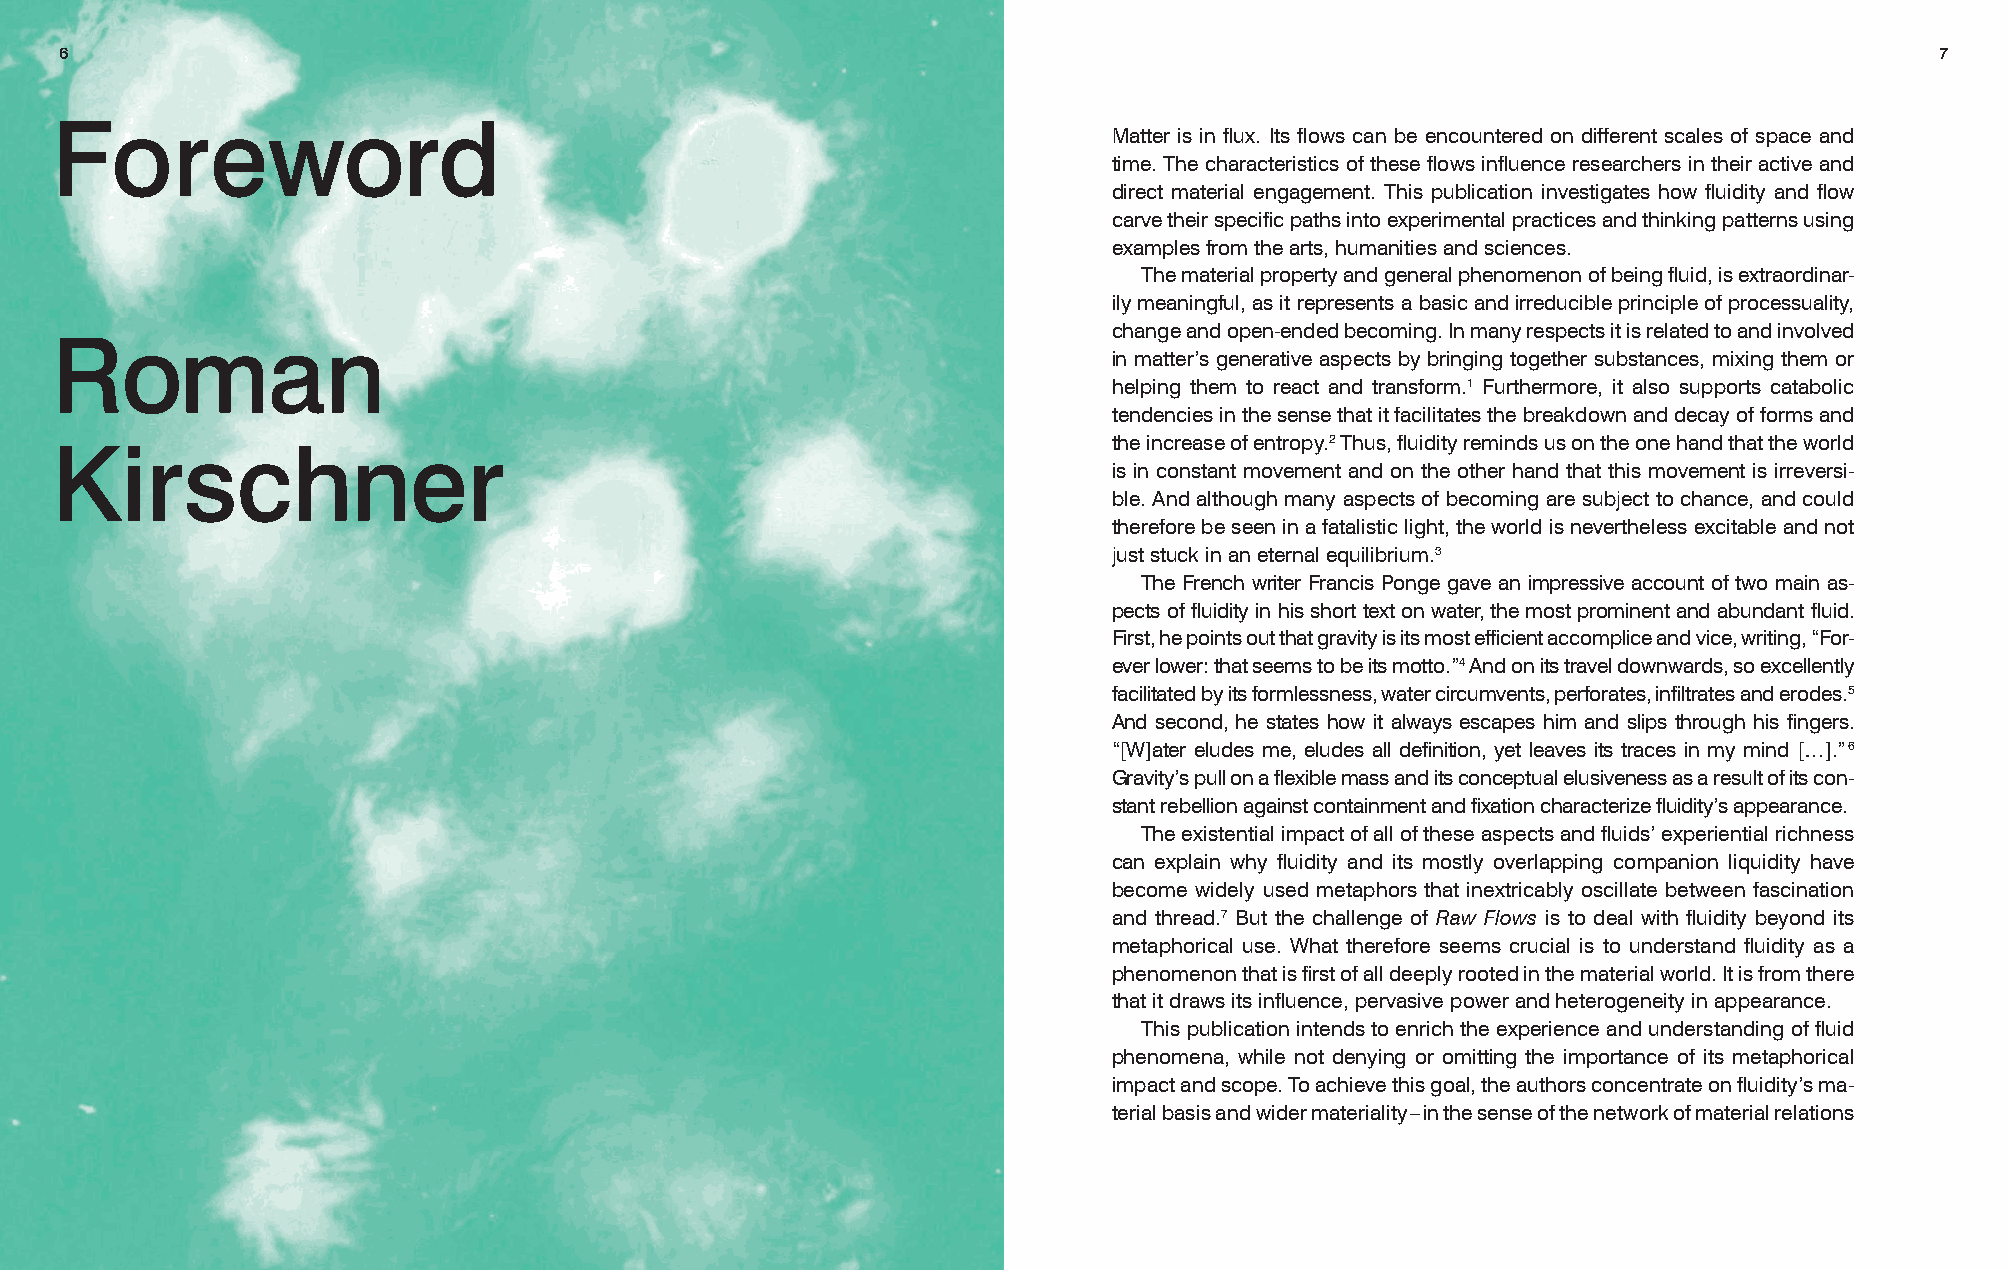
6                                                                                                                           7
 Foreword
 Matter is in flux. Its flows can be encountered on different scales of space and
 time. The characteristics of these flows influence researchers in their active and
 direct material engagement. This publication investigates how fluidity and flow
 carve their specific paths into experimental practices and thinking patterns using
 examples from the arts, humanities and sciences.
 The material property and general phenomenon of being fluid, is extraordinar-
 ily meaningful, as it represents a basic and irreducible principle of processuality,
 change and open-ended becoming. In many respects it is related to and involved
 Roman
 in matter’s generative aspects by bringing together substances, mixing them or
 helping them to react and transform.1 Furthermore, it also supports catabolic
 tendencies in the sense that it facilitates the breakdown and decay of forms and
 the increase of entropy.2 Thus, fluidity reminds us on the one hand that the world
 Kirschner
 is in constant movement and on the other hand that this movement is irreversi-
 ble. And although many aspects of becoming are subject to chance, and could
 therefore be seen in a fatalistic light, the world is nevertheless excitable and not
 just stuck in an eternal equilibrium.3
 The French writer Francis Ponge gave an impressive account of two main as-
 pects of fluidity in his short text on water, the most prominent and abundant fluid.
 First, he points out that gravity is its most efficient accomplice and vice, writing, “For-
 ever lower: that seems to be its motto.”4 And on its travel downwards, so excellently
 facilitated by its formlessness, water circumvents, perforates, infiltrates and erodes.5
 And second, he states how it always escapes him and slips through his fingers.
 “[W]ater eludes me, eludes all definition, yet leaves its traces in my mind […].” 6
 Gravity’s pull on a flexible mass and its conceptual elusiveness as a result of its con-
 stant rebellion against containment and fixation characterize fluidity’s appearance.
 The existential impact of all of these aspects and fluids’ experiential richness
 can explain why fluidity and its mostly overlapping companion liquidity have
 become widely used metaphors that inextricably oscillate between fascination
 and thread.7 But the challenge of Raw Flows is to deal with fluidity beyond its
 metaphorical use. What therefore seems crucial is to understand fluidity as a
 phenomenon that is first of all deeply rooted in the material world. It is from there
 that it draws its influence, pervasive power and heterogeneity in appearance.
 This publication intends to enrich the experience and understanding of fluid
 phenomena, while not denying or omitting the importance of its metaphorical
 impact and scope. To achieve this goal, the authors concentrate on fluidity’s ma-
 terial basis and wider materiality – in the sense of the network of material relations